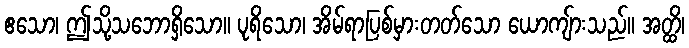
ဧသော၊ ဤသို့သဘောရှိသော။ ပုရိသော၊ အိမ်ရာပြစ်မှားတတ်သော ယောကျ်ားသည်။ အတ္ထိ၊